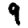
Digit: 9